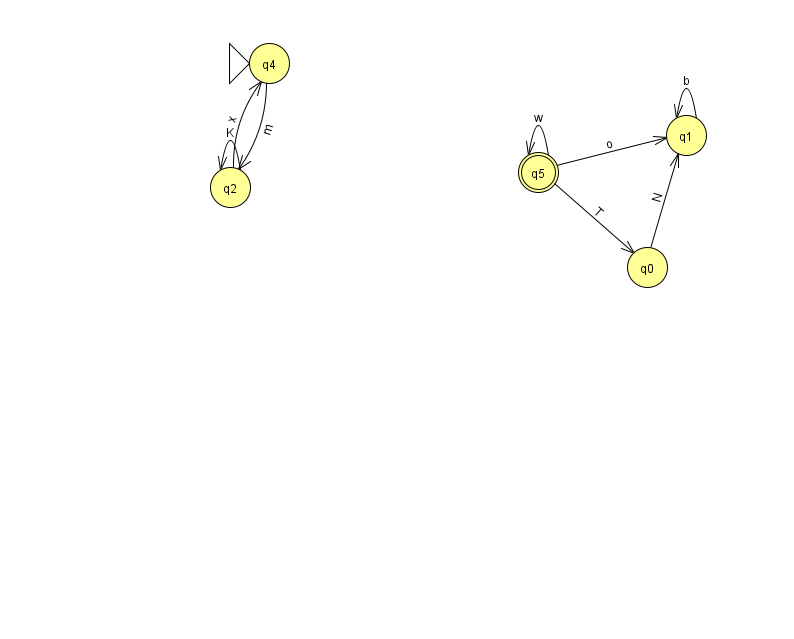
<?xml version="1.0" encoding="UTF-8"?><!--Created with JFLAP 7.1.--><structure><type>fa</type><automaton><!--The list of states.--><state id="0" name="q0"><x>647.0</x><y>254.0</y></state><state id="1" name="q1"><x>686.0</x><y>122.0</y></state><state id="2" name="q2"><x>230.0</x><y>174.0</y></state><state id="4" name="q4"><x>269.0</x><y>50.0</y><initial/></state><state id="5" name="q5"><x>538.0</x><y>159.0</y><final/></state><!--The list of transitions.--><transition><from>1</from><to>1</to><read>b</read></transition><transition><from>0</from><to>1</to><read>N</read></transition><transition><from>5</from><to>5</to><read>w</read></transition><transition><from>2</from><to>2</to><read>K</read></transition><transition><from>4</from><to>2</to><read>m</read></transition><transition><from>5</from><to>0</to><read>T</read></transition><transition><from>2</from><to>4</to><read>x</read></transition><transition><from>5</from><to>1</to><read>o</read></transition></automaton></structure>